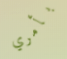
بأمري